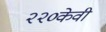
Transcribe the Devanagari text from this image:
२२०केवी